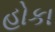
હોકા